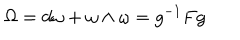
\Omega = d \omega + \omega \wedge \omega = g ^ { - 1 } F g